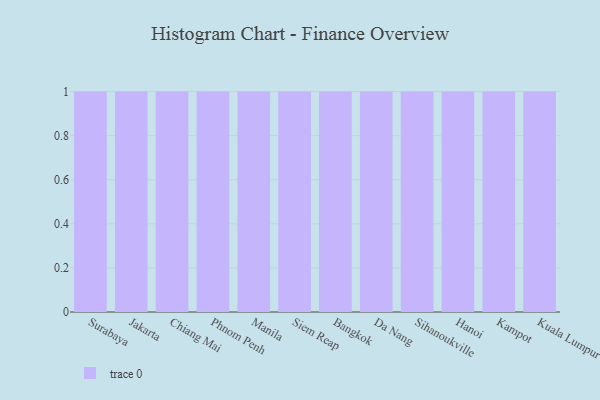
{"axis": {"x": "City", "y": "Gross Profit (USD K)"}, "legend": [""], "data": [{"x": "Surabaya", "y": 22, "type": ""}, {"x": "Jakarta", "y": 42, "type": ""}, {"x": "Chiang Mai", "y": 3, "type": ""}, {"x": "Phnom Penh", "y": 87, "type": ""}, {"x": "Manila", "y": 8, "type": ""}, {"x": "Siem Reap", "y": 78, "type": ""}, {"x": "Bangkok", "y": 30, "type": ""}, {"x": "Da Nang", "y": 38, "type": ""}, {"x": "Sihanoukville", "y": 63, "type": ""}, {"x": "Hanoi", "y": 67, "type": ""}, {"x": "Kampot", "y": 75, "type": ""}, {"x": "Kuala Lumpur", "y": 1, "type": ""}]}